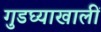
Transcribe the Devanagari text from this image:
गुडघ्याखालीं